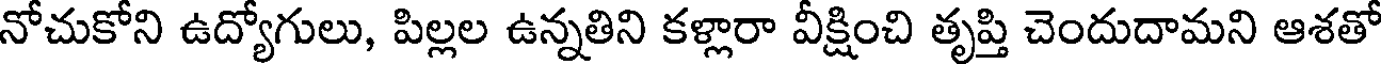
నోచుకోని ఉద్యోగులు, పిల్లల ఉన్నతిని కళ్లారా వీక్షించి తృప్తి చెందుదామని ఆశతో